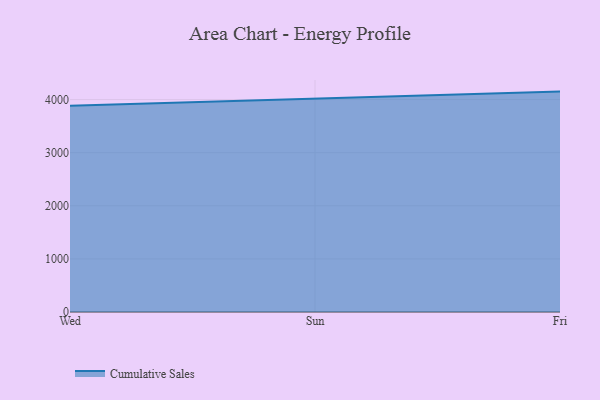
{"axis": {"x": "Day", "y": "Operating Costs (USD K)"}, "legend": ["Cumulative Sales"], "data": [{"x": "Wed", "y": 3885.0, "type": "Cumulative Sales"}, {"x": "Sun", "y": 4021.6, "type": "Cumulative Sales"}, {"x": "Fri", "y": 4150.5, "type": "Cumulative Sales"}]}